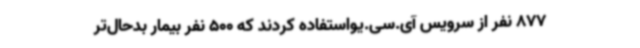
877 نفر از سرویس آی.سی.یواستفاده کردند که 500 نفر بیمار بدحال‌تر